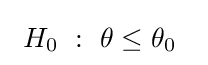
\ H_{0}\ :\ \theta \leq \theta _{0}~~